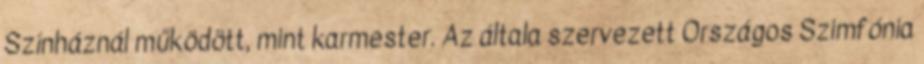
Színháznál működött, mint karmester. Az általa szervezett Országos Szimfónia